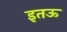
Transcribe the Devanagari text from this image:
इतऊ